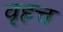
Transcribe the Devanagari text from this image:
वृहत्त